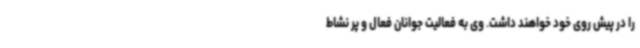
را در پیش روی خود خواهند داشت. وی به فعالیت جوانان فعال و پر نشاط